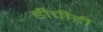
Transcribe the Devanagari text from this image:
डीपीडी